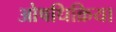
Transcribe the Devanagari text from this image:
ओषधिक्रिया